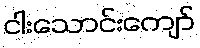
ငါးသောင်းကျော်